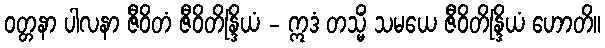
ဝတ္တနာ ပါလနာ ဇီဝိတံ ဇီဝိတိန္ဒြိယံ - ဣဒံ တသ္မိံ သမယေ ဇီဝိတိန္ဒြိယံ ဟောတိ။